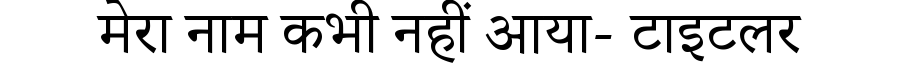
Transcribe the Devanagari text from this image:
मेरा नाम कभी नहीं आया- टाइटलर